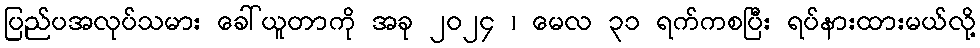
ပြည်ပအလုပ်သမား ခေါ်ယူတာကို အခု ၂၀၂၄ ၊ မေလ ၃၁ ရက်ကစပြီး ရပ်နားထားမယ်လို့